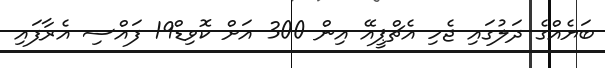
ބަޔެއްގެ ދަލުގައި ޖެހި އެޗްޕީއޭ އިން 300 އަށް ކޮވިޑް19 ފައްސި އެރާފައި